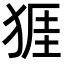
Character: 𪺾